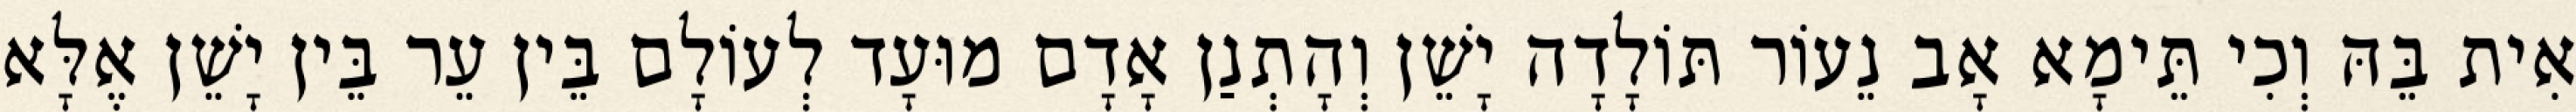
אִית בֵּהּ וְכִי תֵּימָא אָב נֵעוֹר תּוֹלָדָה יָשֵׁן וְהָתְנַן אָדָם מוּעָד לְעוֹלָם בֵּין עֵר בֵּין יָשֵׁן אֶלָּא